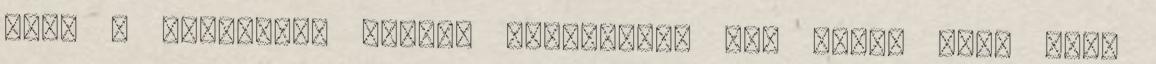
mint a törvényen kívüli megoldást, ami végül pont hogy